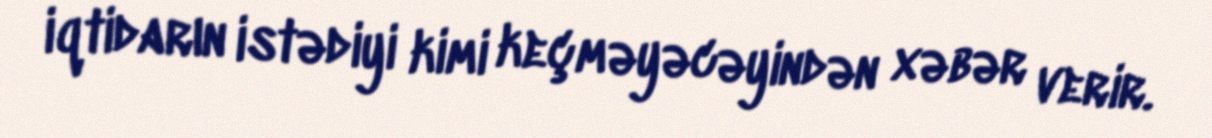
iqtidarın istədiyi kimi keçməyəcəyindən xəbər verir.